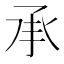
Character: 承